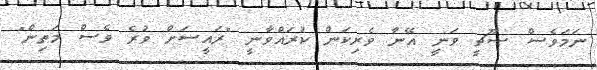
ނަމަވެސް ސޫޗީ ވަނީ އޭނާ ވެރިކަން ކުރައްވާނީ "ރައީސަށް ވުރެ ވެސް މަތިން"